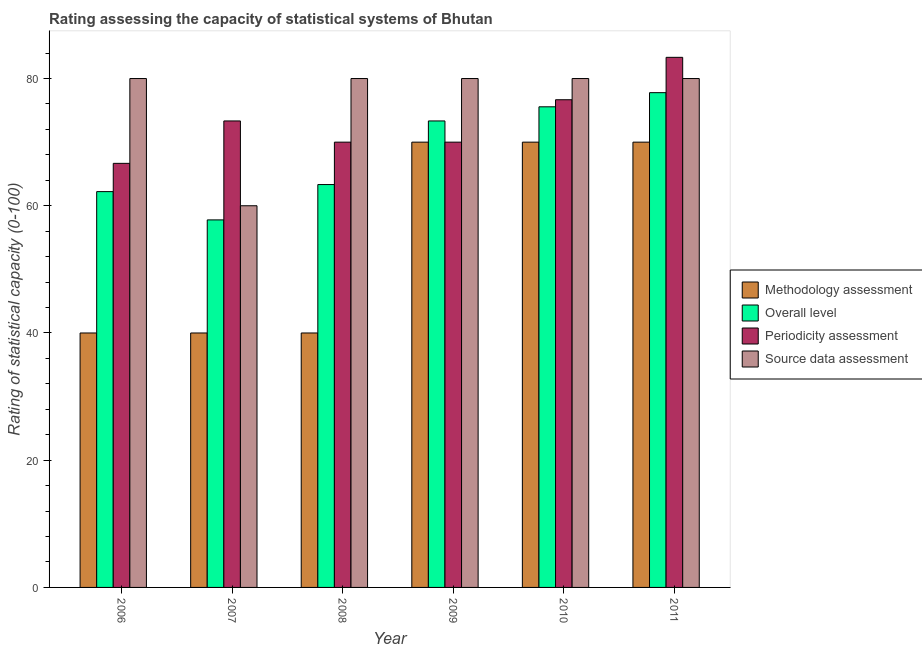
| Year | Methodology assessment | Overall level | Periodicity assessment | Source data assessment |
 | --- | --- | --- | --- | --- |
 | 2006 | 40 | 62.2 | 66.7 | 80 |
 | 2007 | 40 | 57.8 | 73.3 | 60 |
 | 2008 | 40 | 63.3 | 70 | 80 |
 | 2009 | 70 | 73.3 | 70 | 80 |
 | 2010 | 70 | 75.6 | 76.7 | 80 |
 | 2011 | 70 | 77.8 | 83.3 | 80 |